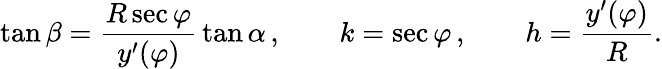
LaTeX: \tan\beta={\frac{R\sec\varphi}{y^{\prime}(\varphi)}}\tan\alpha\, ,\qquad k=\sec\varphi\, ,\qquad h={\frac{y^{\prime}(\varphi)}{R}}.